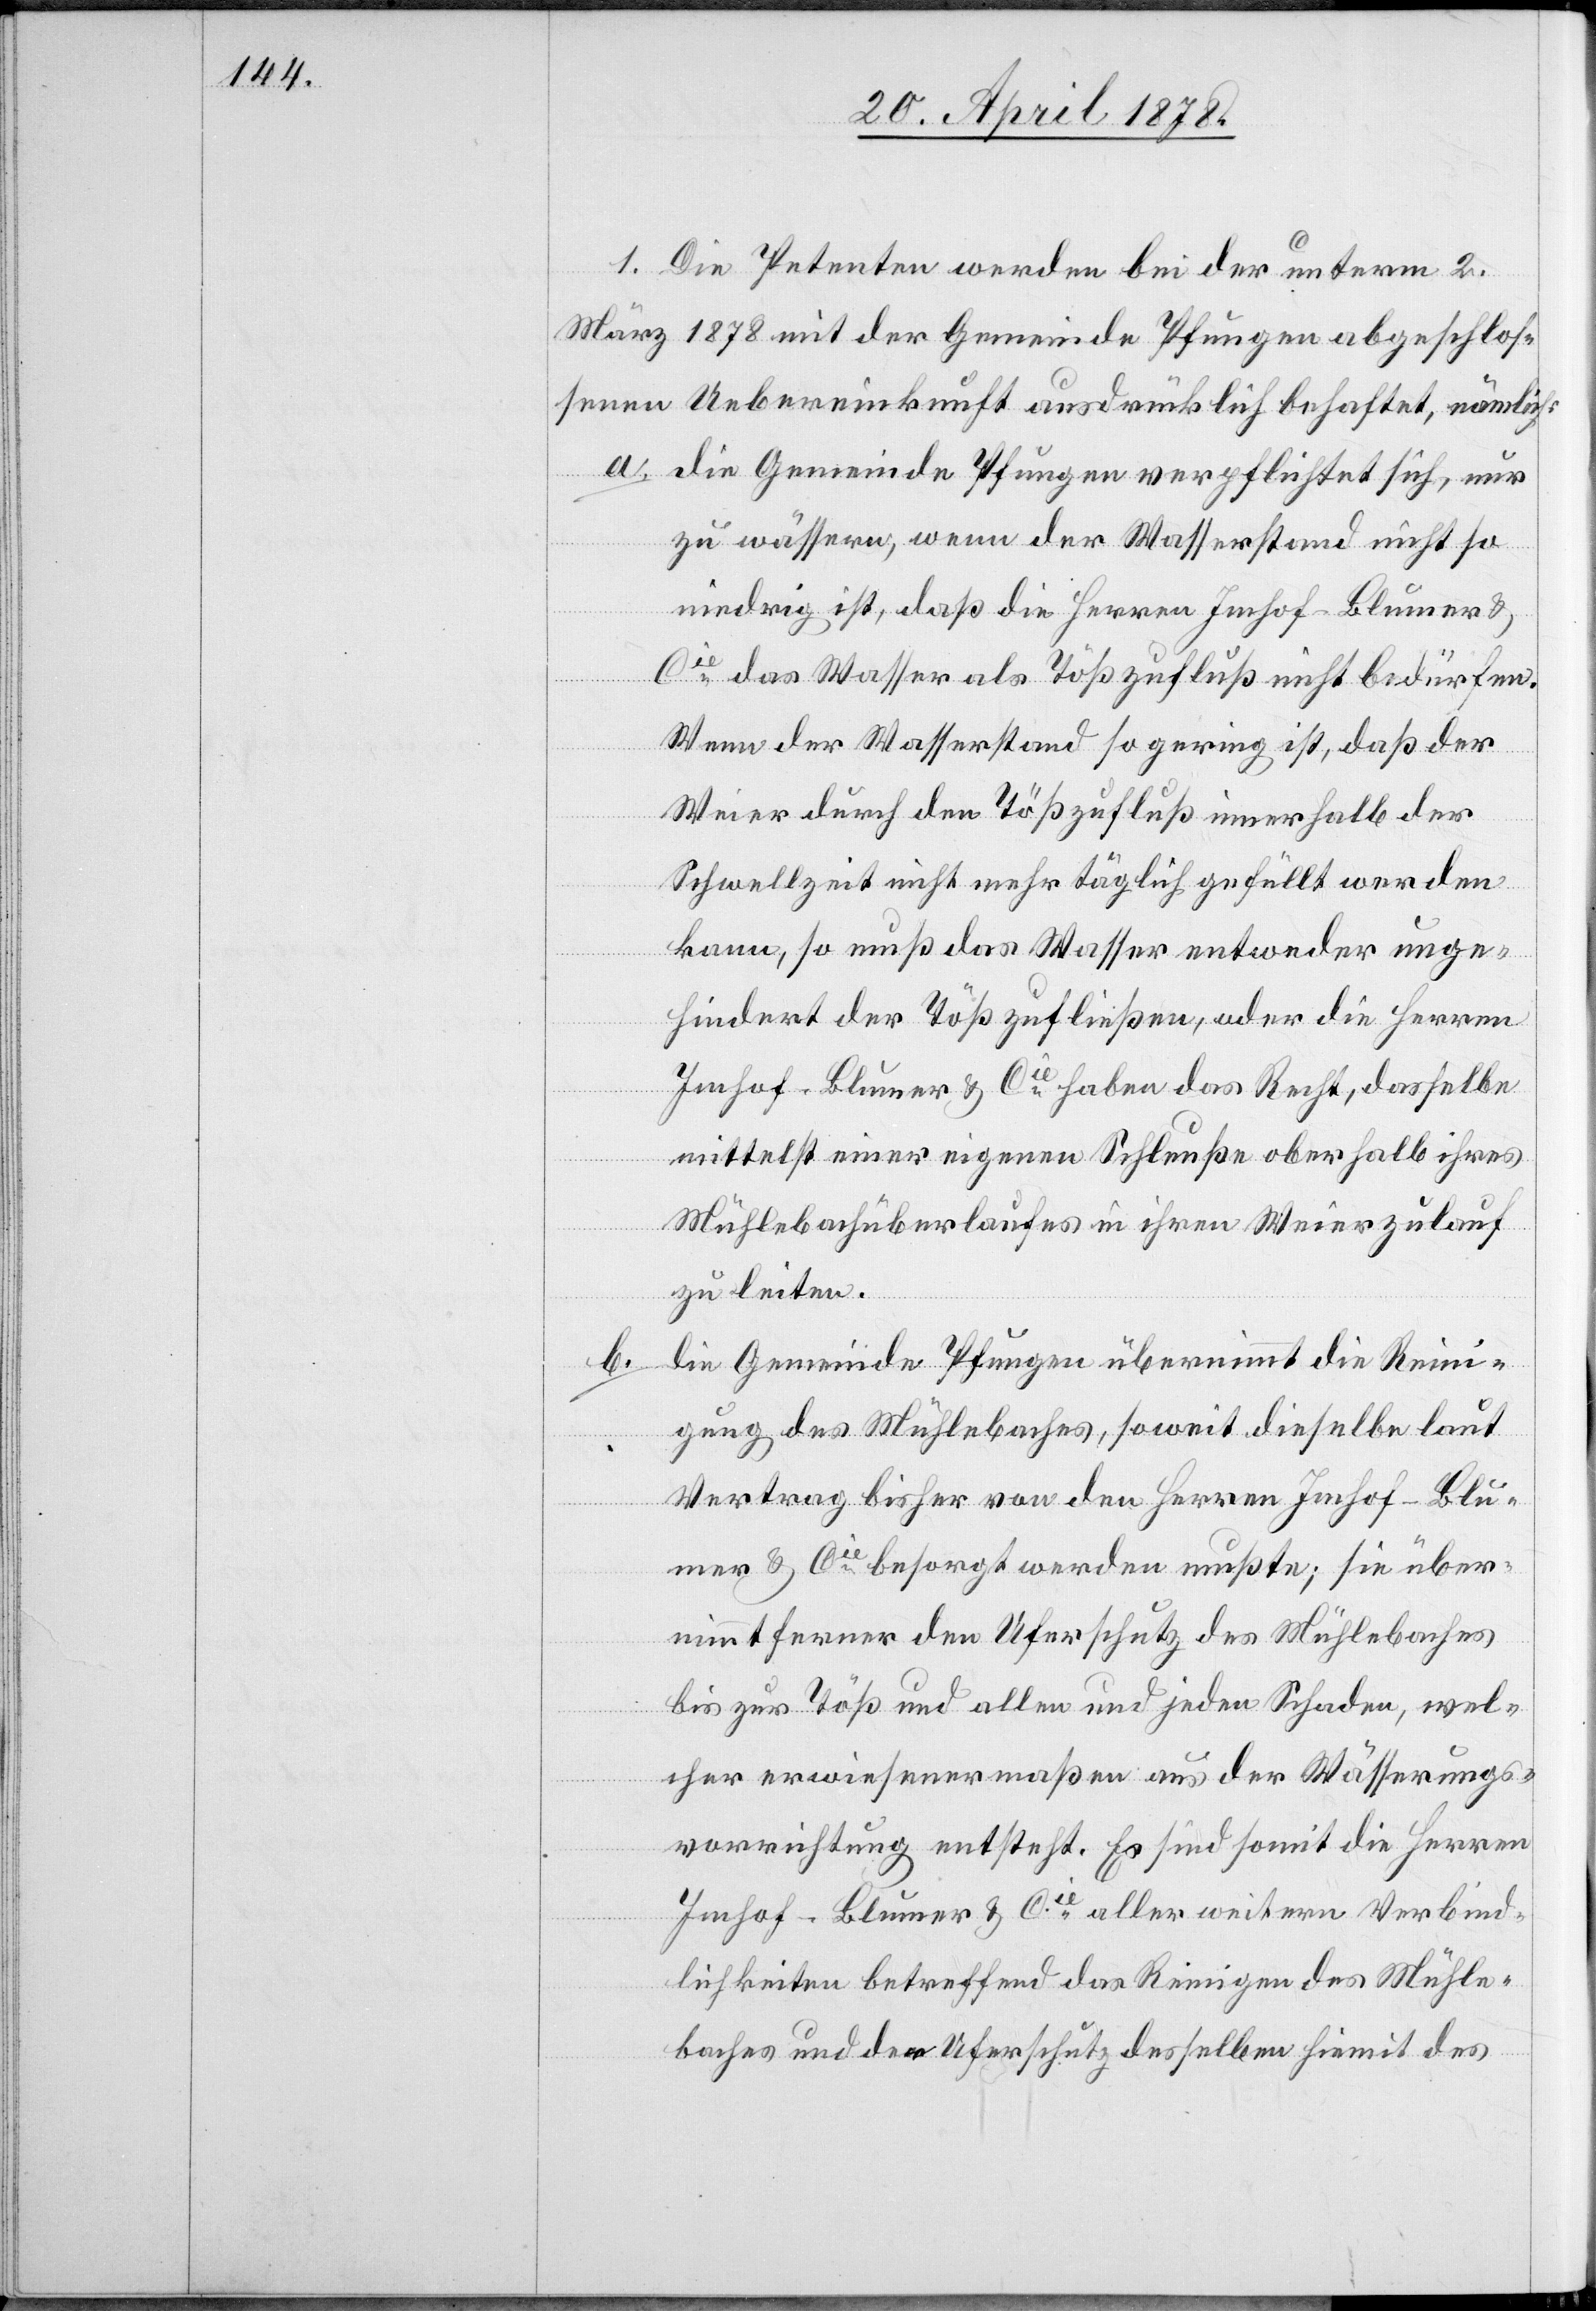
1. Die Petenten werden bei der unterm 2.
März 1878 mit der Gemeinde Pfungen abgeschlos¬
senen Uebereinkunft ausdrücklich behaftet, nämlich:
die Gemeinde Pfungen verpflichtet sich, nur
zu wässern, wenn der Wasserstand nicht so
niedrig ist, daß die Herren Imhof-Blumer &
Cie das Wasser als Tößzufluß nicht bedürfen.
Wenn der Wasserstand so gering ist, daß der
Weier durch den Tößzufluß innerhalb der
Schwellzeit nicht mehr täglich gefüllt werden
kann, so muß das Wasser entweder unge¬
hindert der Töß zufließen, oder die Herren
Imhof-Blumer & Cie haben das Recht, dasselbe
mittelst einer eigenen Schleuße oberhalb ihres
Mühlebachüberlaufes in ihren Weierzulauf
zu leiten.
die Gemeinde Pfungen übernimmt die Reini¬
b.
gung des Mühlebaches, soweit dieselbe laut
Vertrag bisher von den Herren Imhof-Blu¬
mer & Cie besorgt werden mußte; sie über¬
nimmt ferner den Uferschutz des Mühlebaches
bis zur Töß und allen und jeden Schaden, wel¬
cher erwiesenermaßen aus der Wässerungs¬
vorrichtung entsteht. Es sind somit die Herren
Imhof-Blumer & Cie aller weitern Verbind¬
lichkeiten betreffend das Reinigen des Mühle¬
baches und den Uferschutz desselben hiemit des